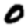
Digit: 0